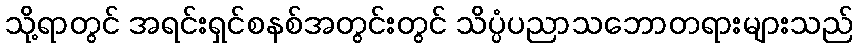
သို့ရာတွင် အရင်းရှင်စနစ်အတွင်းတွင် သိပ္ပံပညာသဘောတရားများသည်